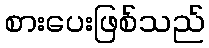
စားပေးဖြစ်သည်